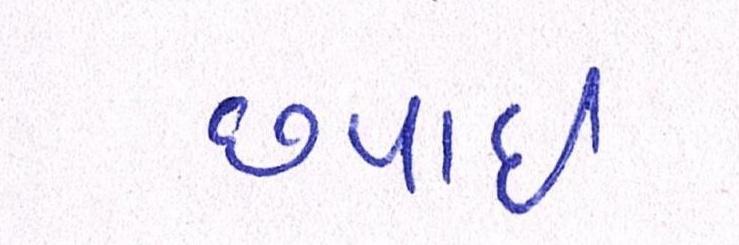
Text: છપાઈ